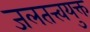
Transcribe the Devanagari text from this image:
जलतत्त्वयुक्त